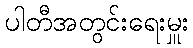
ပါတီအတွင်းရေးမှူး